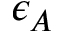
\epsilon _ { A }